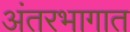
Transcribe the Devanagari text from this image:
अंतरभागात